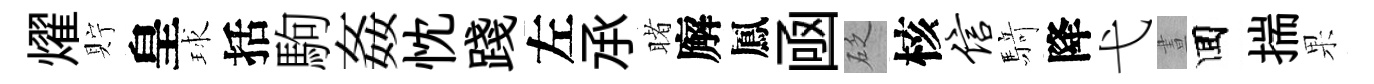
燿貯皇球括駒姦忱踐左𠄘睹廨鳳凾砭核信𮪍降弋晝囬揣果